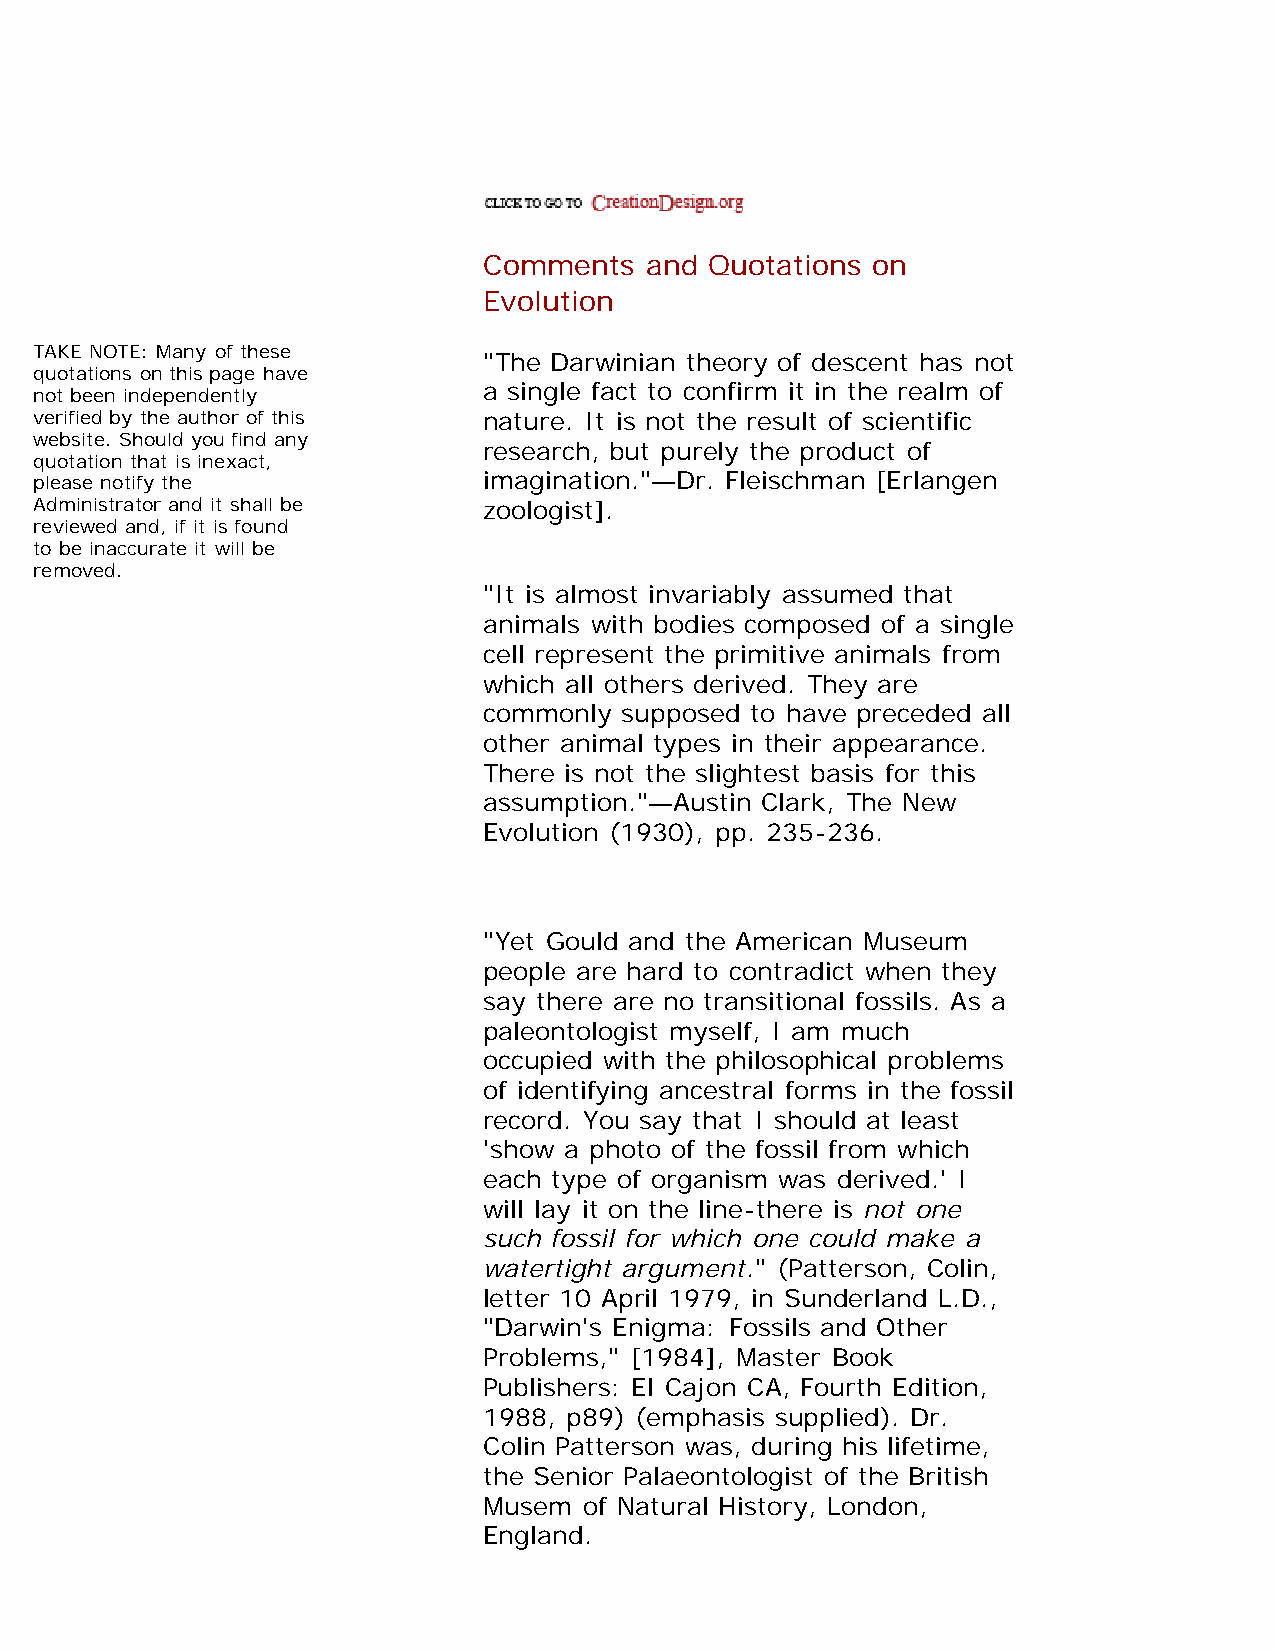
Comments   and Quotations on
 Evolution
 TAKE NOTE: Many of these
 "The Darwinian theory of descent has not
 quotations on this page have
 not been independently        a single fact to confirm it in the realm of
 verified by the author of this nature. It is not the result of scientific
 website. Should you find any
 research, but purely the product of
 quotation that is inexact,
 please notify the             imagination."—Dr. Fleischman [Erlangen
 Administrator and it shall be zoologist].
 reviewed and, if it is found
 to be inaccurate it will be
 removed.
 "It is almost invariably assumed that
 animals with bodies composed of a single
 cell represent the primitive animals from
 which all others derived. They are
 commonly supposed to have preceded all
 other animal types in their appearance.
 There is not the slightest basis for this
 assumption."—Austin Clark, The New
 Evolution (1930), pp. 235-236.
 "Yet Gould and the American Museum
 people are hard to contradict when they
 say there are no transitional fossils. As a
 paleontologist myself, I am much
 occupied with the philosophical problems
 of identifying ancestral forms in the fossil
 record. You say that I should at least
 'show a photo of the fossil from which
 each type of organism was derived.' I
 will lay it on the line-there is not one
 such fossil for which one could make a
 watertight argument." (Patterson, Colin,
 letter 10 April 1979, in Sunderland L.D.,
 "Darwin's Enigma: Fossils and Other
 Problems," [1984], Master Book
 Publishers: El Cajon CA, Fourth Edition,
 1988, p89) (emphasis supplied). Dr.
 Colin Patterson was, during his lifetime,
 the Senior Palaeontologist of the British
 Musem  of Natural History, London,
 England.